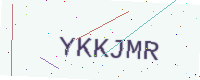
Text: YKKJMR